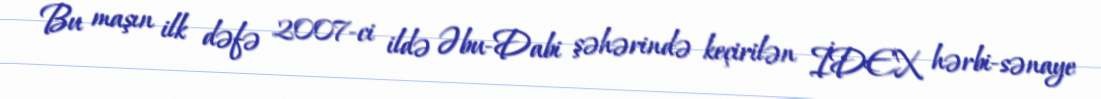
Bu maşın ilk dəfə 2007-ci ildə Əbu-Dabi şəhərində keçirilən İDEX hərbi-sənaye